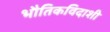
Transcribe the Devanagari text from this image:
भौतिकविदाशी